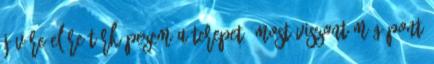
jövőre előre térképezem a terepet. Most viszont még pont